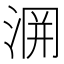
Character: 𭰲